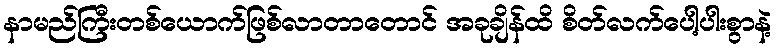
နာမည်ကြီးတစ်ယောက်ဖြစ်လာတာတောင် အခုချိန်ထိ စိတ်လက်ပေါ့ပါးစွာနဲ့